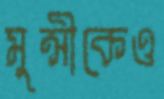
মুন্সীকেও